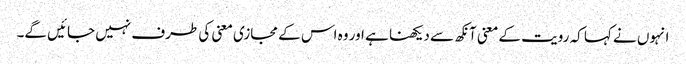
انہوں نے کہا کہ رویت کے معنی آنکھ سے دیکھنا ہے اور وہ اس کے مجازی معنی کی طرف نہیں جائیں گے۔